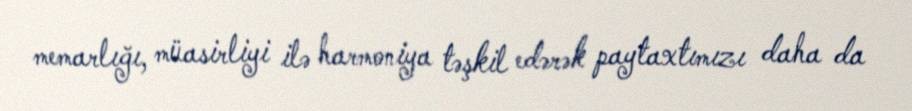
memarlığı, müasirliyi ilə harmoniya təşkil edərək paytaxtımızı daha da